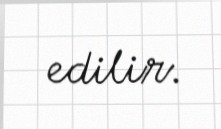
edilir.